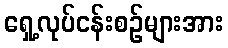
ရှေ့လုပ်ငန်းစဉ်များအား